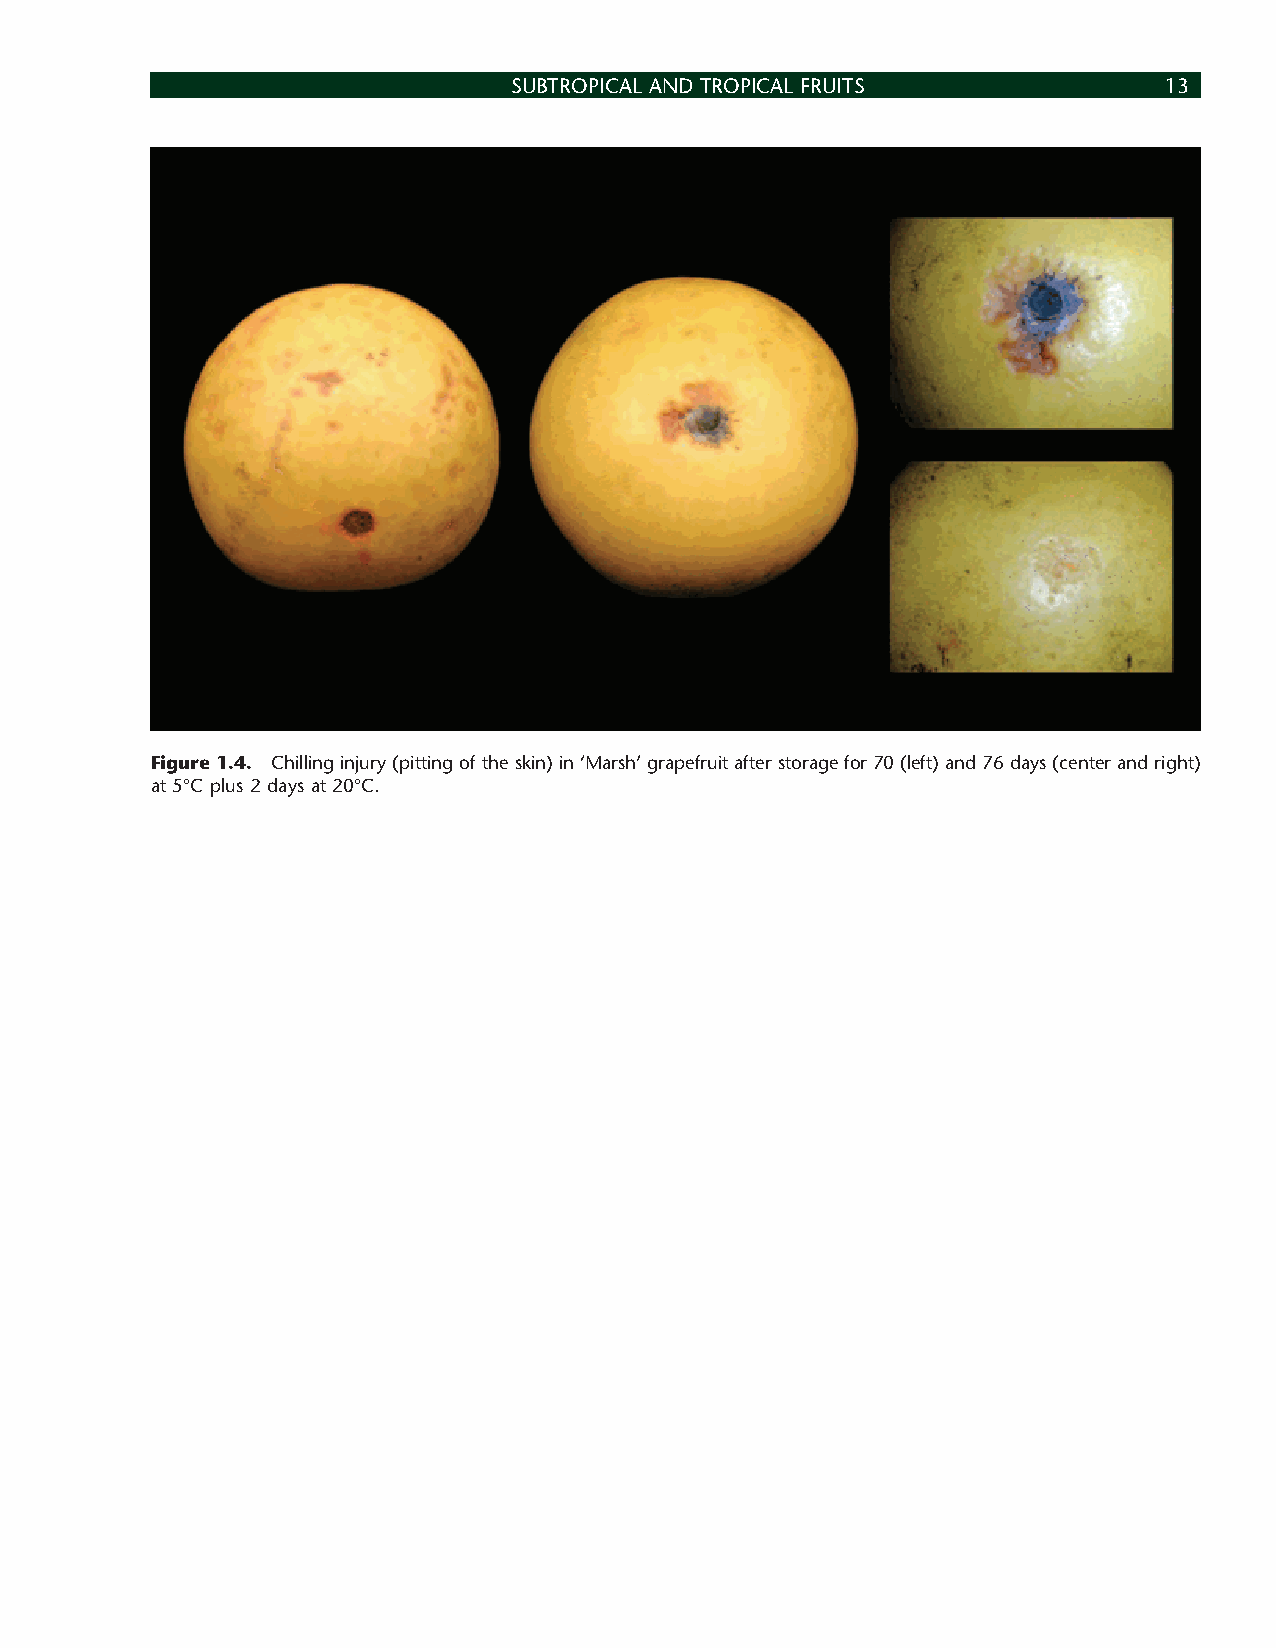
SUBTROPICAL AND TROPICAL FRUITS            13
 Figure 1.4. Chilling injury (pitting of the skin) in ‘Marsh’ grapefruit after storage for 70 (left) and 76 days (center and right)
 at 5°C plus 2 days at 20°C.